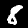
Label: 8